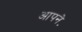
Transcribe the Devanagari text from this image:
आपने॰